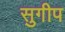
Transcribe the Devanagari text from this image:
सुगीप